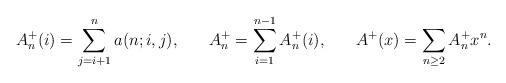
LaTeX: \begin{align*}A_n^+(i)&=\sum_{j=i+1}^na(n;i,j),&& A_n^+=\sum_{i=1}^{n-1}A_n^+(i),&&A^+(x)=\sum_{n\geq2}A_n^+x^n.\end{align*}